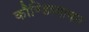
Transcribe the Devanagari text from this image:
कौण्डिन्न्यायन